Indian journal of veterinary science and animal husbandry - Volumes 22-23, 1952-1953
Year: 1952
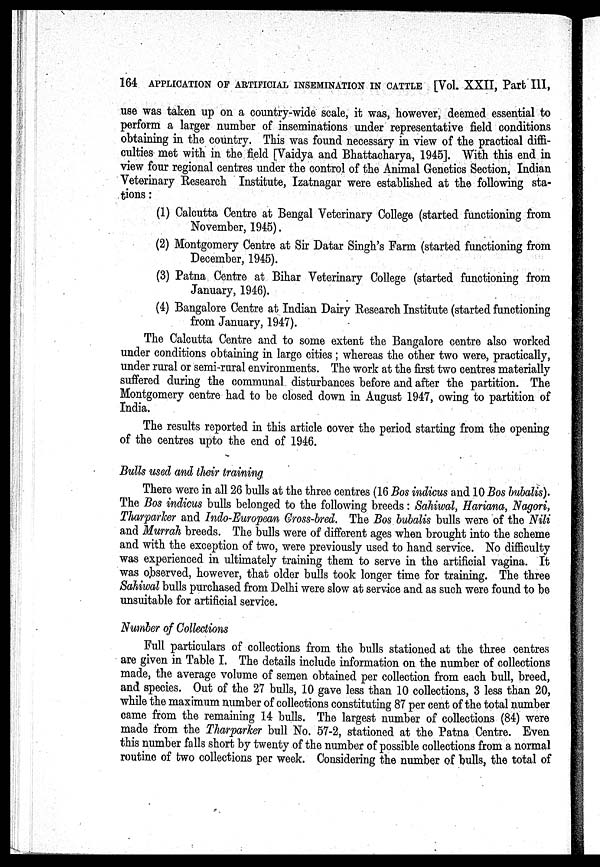
164 APPLICATION OF ARTIFICIAL INSEMINATION IN CATTLE [Vol. XXII, Part III,
use was taken up on a country-wide scale, it was, however, deemed essential to
perform a larger number of inseminations under representative field conditions
obtaining in the country. This was found necessary in view of the practical diffi-
culties met with in the field [Vaidya and Bhattacharya, 1945]. With this end in
view four regional centres under the control of the Animal Genetics Section, Indian
Veterinary Research Institute, Izatnagar were established at the following sta-
tions:
(1) Calcutta Centre at Bengal Veterinary College (started functioning from
November, 1945).
(2) Montgomery Centre at Sir Datar Singh's Farm (started functioning from
December, 1945).
(3) Patna Centre at Bihar Veterinary College (started functioning from
January, 1946).
(4) Bangalore Centre at Indian Dairy Research Institute (started functioning
from January, 1947).
The Calcutta Centre and to some extent the Bangalore centre also worked
under conditions obtaining in large cities; whereas the other two were, practically,
under rural or semi-rural environments. The work at the first two centres materially
suffered during the communal disturbances before and after the partition. The
Montgomery centre had to be closed down in August 1947, owing to partition of
India.
The results reported in this article cover the period starting from the opening
of the centres upto the end of 1946.
Bulls used and their training.
There were in all 26 bulls at the three centres (16 Bos indicus and 10 Bos bubalis).
The Bos indicus bulls belonged to the following breeds: Sahiwal, Hariana, Nagori,
Tharparker and Indo-European Cross-bred. The Bos bubalis bulls were of the Nili
and Murrah breeds. The bulls were of different ages when brought into the scheme
and with the exception of two, were previously used to hand service. No difficulty
was experienced in ultimately training them to serve in the artificial vagina. It
was observed, however, that older bulls took longer time for training. The three
Sahiwal bulls purchased from Delhi were slow at service and as such were found to be
unsuitable for artificial service.
Number of Collections
Full particulars of collections from the bulls stationed at the three centres
are given in Table I. The details include information on the number of collections
made, the average volume of semen obtained per collection from each bull, breed,
and species. Out of the 27 bulls, 10 gave less than 10 collections, 3 less than 20,
while the maximum number of collections constituting 87 per cent of the total number
came from the remaining 14 bulls. The largest number of collections (84) were
made from the Tharparker bull No. 57-2, stationed at the Patna Centre. Even
this number falls short by twenty of the number of possible collections from a normal
routine of two collections per week. Considering the number of bulls, the total of